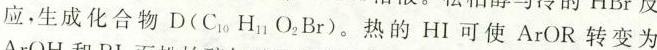
应，生成化合物D（C_{10}H_{11}_O{2}Br）。热的HI可使ArOR转变为